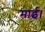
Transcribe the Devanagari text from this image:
माई।